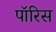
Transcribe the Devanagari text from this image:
पॉरिस